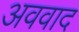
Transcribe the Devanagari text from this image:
अववाद